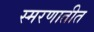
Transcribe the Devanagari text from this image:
स्मरणातीत